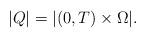
LaTeX: \begin{align*}|Q| = |(0,T) \times \Omega|.\end{align*}